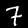
Digit: 7